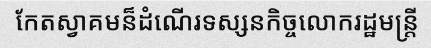
កែតស្វាគមន៏ដំណើរទស្សនកិច្ចលោករដ្ឋមន្ត្រី